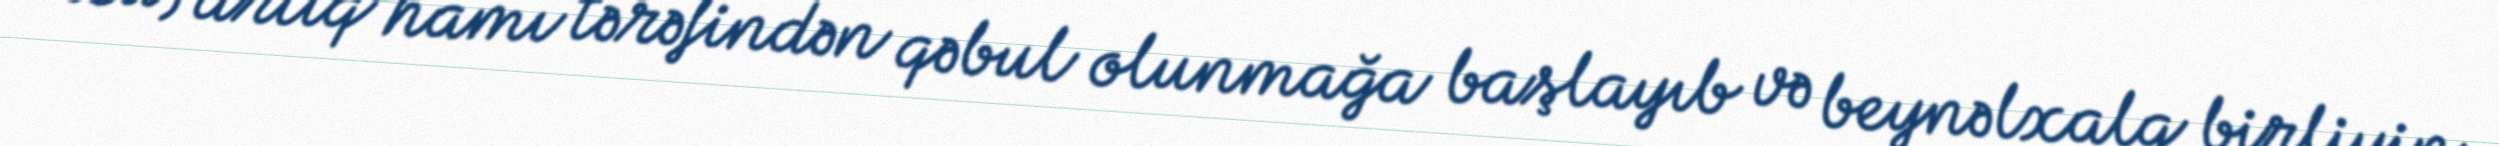
Bu, artıq hamı tərəfindən qəbul olunmağa başlayıb və beynəlxalq birliyin